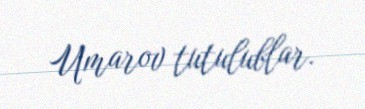
Umarov tutulublar.